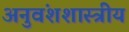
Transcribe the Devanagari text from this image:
अनुवंशशास्त्रीय